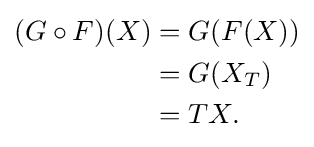
{\begin{aligned}(G\circ F)(X)&=G(F(X))\\&=G(X_{T})\\&=TX.\end{aligned}}